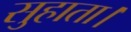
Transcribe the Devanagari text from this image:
सुहाता।